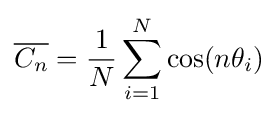
{\overline {C_{n}}}={\frac {1}{N}}\sum _{i=1}^{N}\cos(n\theta _{i})